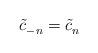
LaTeX: \begin{align*}\tilde c_{-n}^{} = \tilde c_n^{}\end{align*}